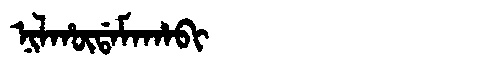
Manchu: ᠨᡳᠯᡥᡡᡩᠠᠮᠠᡥᠠᠪᡳ
Romanization: NILHŪDAMAHABI